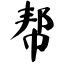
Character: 帮